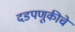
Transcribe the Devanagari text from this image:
दडपणूकीचे